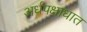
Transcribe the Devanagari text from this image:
अर्धपक्षाधात